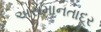
અસમાનતાદૂર